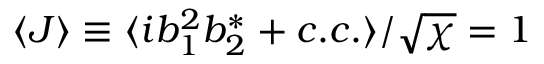
\langle J \rangle \equiv \langle i b _ { 1 } ^ { 2 } b _ { 2 } ^ { * } + c . c . \rangle / \sqrt { \chi } = 1